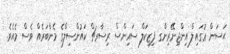
ޙަސަން ޢުގައިލް އިންޖިނޭރިންގ ފިޒިކަލް ސައިންސް ރިސާރޗް ކައުންސިލްގެ މެންބަރެއް ވެސް މެއެވެ.